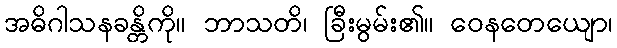
အဓိဂါသနခန္တိကို။ ဘာသတိ၊ ခြီးမွမ်း၏။ ဝေနတေယျော၊